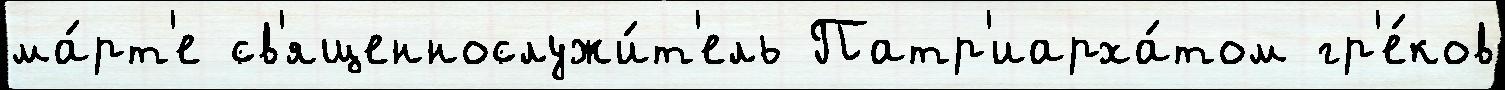
ма́рт'е св'ященнослужи́т'ель Патр'иарха́том гр'е́ков